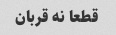
قطعا نه قربان